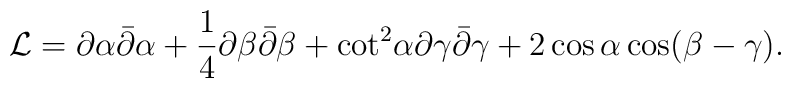
{\cal L} = \partial \alpha \bar{\partial} \alpha + {1 \over 4}\partial \beta \bar{\partial} \beta + {\cot}^2 \alpha \partial \gamma\bar{\partial} \gamma + 2 \cos \alpha \cos (\beta - \gamma) .